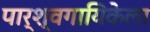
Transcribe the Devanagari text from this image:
पार्श्वगायिकेला